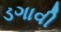
ડગાવી